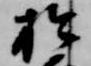
於